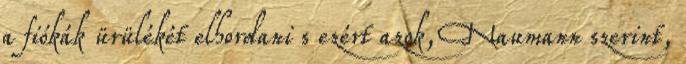
a fiókák ürülékét elhordani s ezért azok, Naumann szerint,